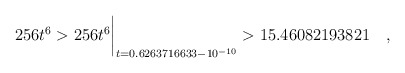
\begin{align*} 256 t^6& > 256 t^6\biggr\rvert_{t=0.6263716633 - 10^{-10}} > 15.46082193821\quad , \end{align*}